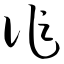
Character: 作